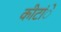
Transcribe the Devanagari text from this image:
कीटांे